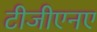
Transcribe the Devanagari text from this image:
टीजीएनए